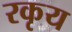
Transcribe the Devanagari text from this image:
रकृय